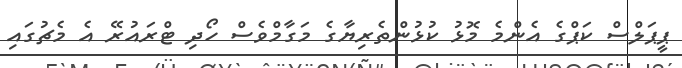
ޕީޕަލްސް ކަޕްގެ އެންމެ މޮޅު ކުޅުންތެރިޔާގެ މަގާމްވެސް ހޯދި ޓްރައުރޭ އެ މެޗުގައި